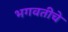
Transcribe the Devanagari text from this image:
भगवतीचे